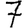
Digit: 7